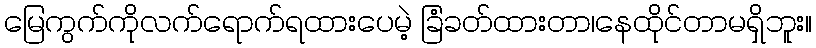
မြေကွက်ကိုလက်ရောက်ရထားပေမဲ့ ခြံခတ်ထားတာ၊နေထိုင်တာမရှိဘူး။